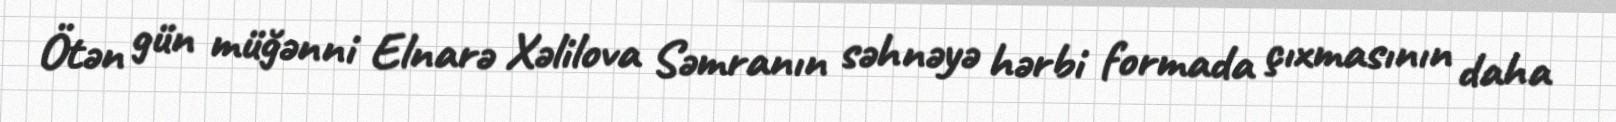
Ötən gün müğənni Elnarə Xəlilova Səmranın səhnəyə hərbi formada çıxmasının daha